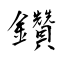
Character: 鑽